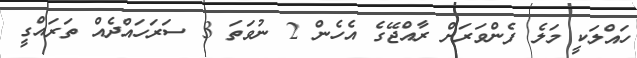
ހައްލަކީ މަލެ ފެންވަރަށް ރާއްޖޭގެ އެހެން 2 ނުވަތަ 3 ސަރަހައްދެއް ތަރައްގީ